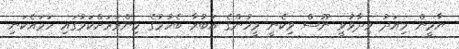
ޔާމީން މިއަދު ވިދާޅުވީ ނޫސް ވިކެނީ މީހުންގެ އަބުރާ ބެހުމުގެ މިންވަރަށްކަމުގައި ހަމައެކަނި